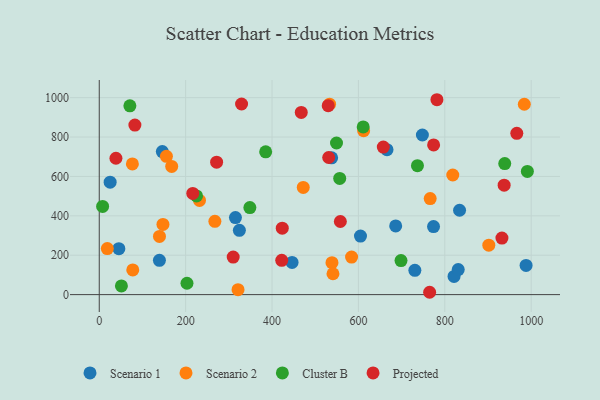
{"axis": {"x": "Ad Spend", "y": "Exam Score"}, "legend": ["Cluster B", "Projected", "Scenario 1", "Scenario 2"], "data": [{"x": "730.7", "y": 123.4, "type": "Scenario 1"}, {"x": "324.4", "y": 326.5, "type": "Scenario 1"}, {"x": "45.4", "y": 233.5, "type": "Scenario 1"}, {"x": "538.0", "y": 694.4, "type": "Scenario 1"}, {"x": "988.2", "y": 148.1, "type": "Scenario 1"}, {"x": "315.3", "y": 391.0, "type": "Scenario 1"}, {"x": "748.1", "y": 810.5, "type": "Scenario 1"}, {"x": "146.0", "y": 726.3, "type": "Scenario 1"}, {"x": "446.4", "y": 163.2, "type": "Scenario 1"}, {"x": "604.8", "y": 297.2, "type": "Scenario 1"}, {"x": "821.4", "y": 92.2, "type": "Scenario 1"}, {"x": "666.2", "y": 736.0, "type": "Scenario 1"}, {"x": "139.3", "y": 173.9, "type": "Scenario 1"}, {"x": "831.1", "y": 127.2, "type": "Scenario 1"}, {"x": "834.2", "y": 428.4, "type": "Scenario 1"}, {"x": "25.2", "y": 570.8, "type": "Scenario 1"}, {"x": "686.3", "y": 348.6, "type": "Scenario 1"}, {"x": "773.9", "y": 345.6, "type": "Scenario 1"}, {"x": "139.4", "y": 295.7, "type": "Scenario 2"}, {"x": "76.7", "y": 663.7, "type": "Scenario 2"}, {"x": "77.6", "y": 125.4, "type": "Scenario 2"}, {"x": "901.9", "y": 251.0, "type": "Scenario 2"}, {"x": "147.5", "y": 356.4, "type": "Scenario 2"}, {"x": "538.8", "y": 162.0, "type": "Scenario 2"}, {"x": "267.7", "y": 372.1, "type": "Scenario 2"}, {"x": "818.5", "y": 607.2, "type": "Scenario 2"}, {"x": "533.2", "y": 966.8, "type": "Scenario 2"}, {"x": "18.7", "y": 234.0, "type": "Scenario 2"}, {"x": "766.2", "y": 487.5, "type": "Scenario 2"}, {"x": "167.7", "y": 650.7, "type": "Scenario 2"}, {"x": "584.2", "y": 190.7, "type": "Scenario 2"}, {"x": "155.5", "y": 702.2, "type": "Scenario 2"}, {"x": "612.1", "y": 831.9, "type": "Scenario 2"}, {"x": "984.1", "y": 966.5, "type": "Scenario 2"}, {"x": "321.3", "y": 24.9, "type": "Scenario 2"}, {"x": "541.1", "y": 106.0, "type": "Scenario 2"}, {"x": "472.3", "y": 544.0, "type": "Scenario 2"}, {"x": "232.1", "y": 478.0, "type": "Scenario 2"}, {"x": "698.6", "y": 172.9, "type": "Cluster B"}, {"x": "556.7", "y": 589.7, "type": "Cluster B"}, {"x": "51.3", "y": 44.2, "type": "Cluster B"}, {"x": "348.7", "y": 441.7, "type": "Cluster B"}, {"x": "938.8", "y": 665.1, "type": "Cluster B"}, {"x": "7.8", "y": 447.7, "type": "Cluster B"}, {"x": "611.1", "y": 851.5, "type": "Cluster B"}, {"x": "225.2", "y": 501.1, "type": "Cluster B"}, {"x": "203.1", "y": 57.6, "type": "Cluster B"}, {"x": "70.9", "y": 958.6, "type": "Cluster B"}, {"x": "991.2", "y": 625.7, "type": "Cluster B"}, {"x": "385.3", "y": 725.2, "type": "Cluster B"}, {"x": "549.3", "y": 769.7, "type": "Cluster B"}, {"x": "736.7", "y": 654.9, "type": "Cluster B"}, {"x": "531.2", "y": 696.1, "type": "Projected"}, {"x": "530.1", "y": 959.5, "type": "Projected"}, {"x": "657.6", "y": 749.3, "type": "Projected"}, {"x": "781.8", "y": 989.5, "type": "Projected"}, {"x": "774.1", "y": 759.8, "type": "Projected"}, {"x": "423.7", "y": 337.1, "type": "Projected"}, {"x": "271.7", "y": 672.4, "type": "Projected"}, {"x": "558.2", "y": 371.2, "type": "Projected"}, {"x": "467.7", "y": 925.2, "type": "Projected"}, {"x": "82.5", "y": 860.7, "type": "Projected"}, {"x": "38.6", "y": 692.4, "type": "Projected"}, {"x": "937.4", "y": 555.5, "type": "Projected"}, {"x": "422.5", "y": 174.1, "type": "Projected"}, {"x": "329.5", "y": 967.7, "type": "Projected"}, {"x": "966.7", "y": 819.0, "type": "Projected"}, {"x": "764.9", "y": 11.9, "type": "Projected"}, {"x": "216.5", "y": 513.6, "type": "Projected"}, {"x": "932.3", "y": 286.9, "type": "Projected"}, {"x": "310.1", "y": 190.4, "type": "Projected"}]}